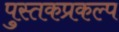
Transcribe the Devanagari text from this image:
पुस्तकप्रकल्प